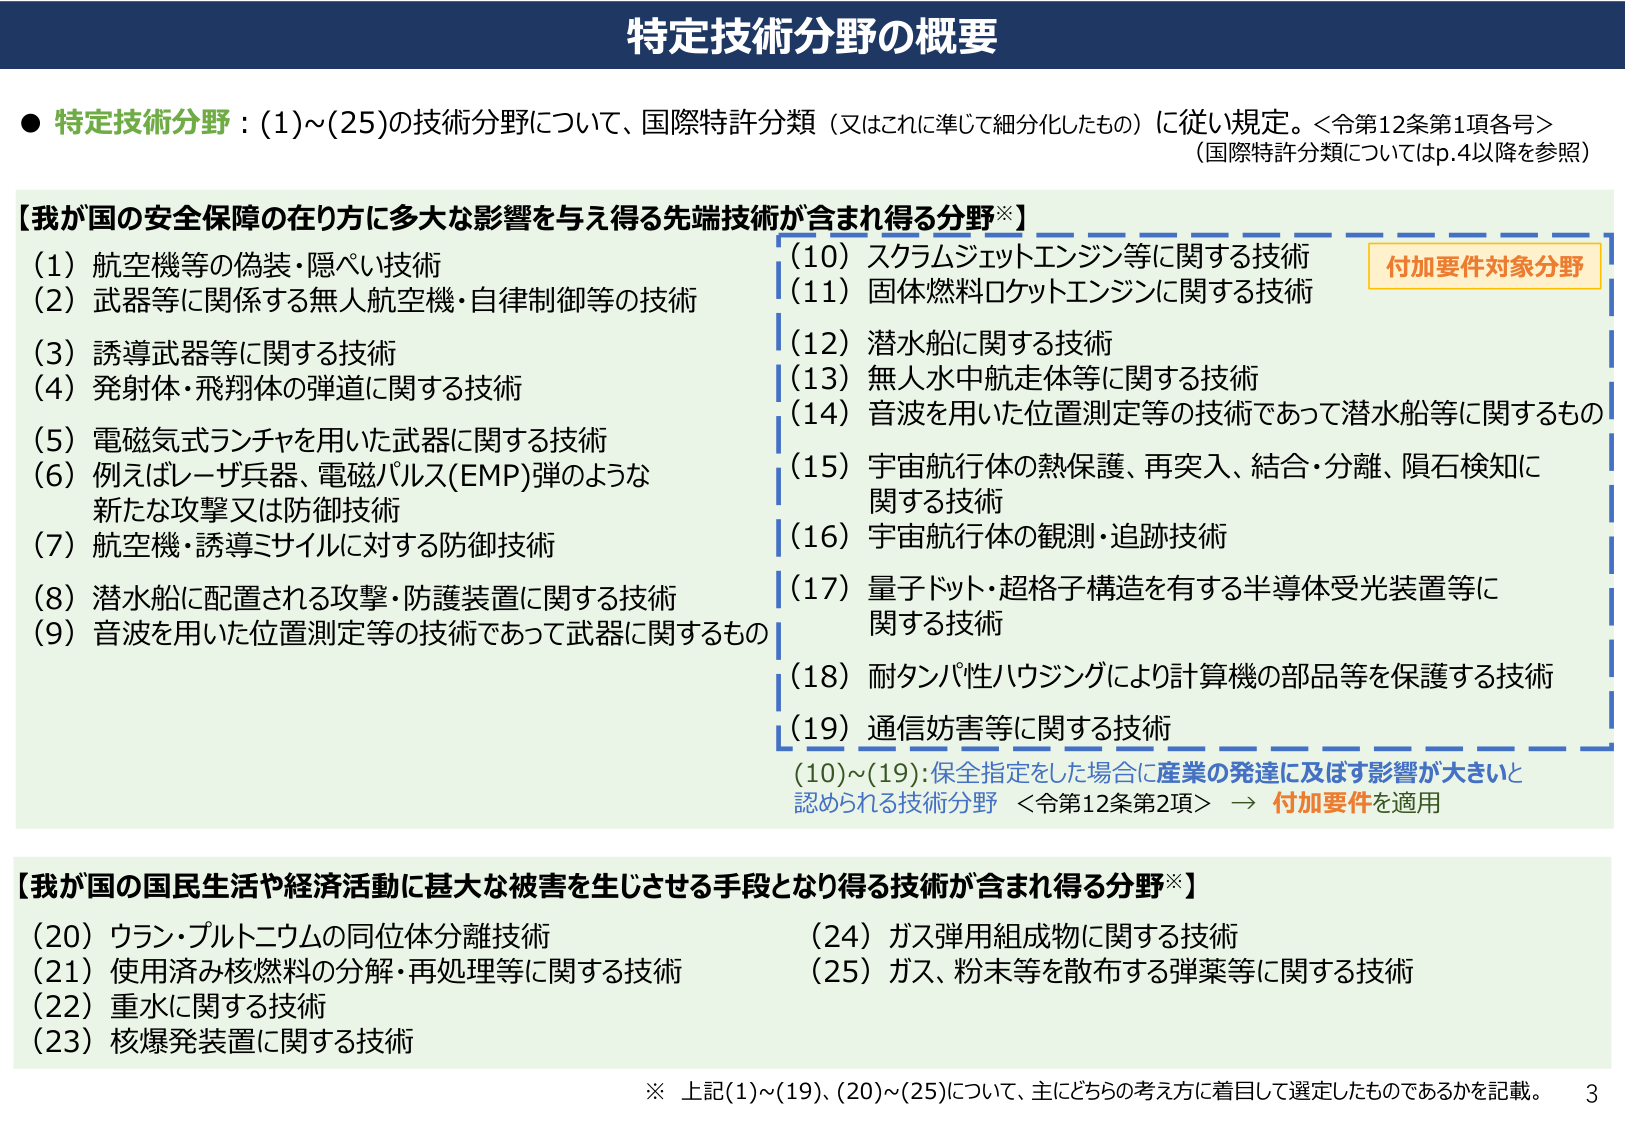
特定技術分野の概要

● 特定技術分野：(1)～(25)の技術分野について、国際特許分類（又はこれに準じて細分化したもの）に従い規定。＜令第12条第1項各号＞
（国際特許分類についてはp.4以降を参照）

【我が国の安全保障の在り方に多大な影響を与え得る先端技術が含まれ得る分野※】
(1) 航空機等の偽装・隠ぺい技術
(2) 武器等に関係する無人航空機・自律制御等の技術
(3) 誘導武器等に関する技術
(4) 発射体・飛翔体の弾道に関する技術
(5) 電磁気式ランチャを用いた武器に関する技術
(6) 例えばレーザ兵器、電磁パルス(EMP)弾のような
　新たな攻撃又は防御技術
(7) 航空機・誘導ミサイルに対する防御技術
(8) 潜水船に配置される攻撃・防護装置に関する技術
(9) 音波を用いた位置測定等の技術であって武器に関するもの
(10) スクラムジェットエンジン等に関する技術
(11) 固体燃料ロケットエンジンに関する技術
(12) 潜水船に関する技術
(13) 無人水中航走体等に関する技術
(14) 音波を用いた位置測定等の技術であって潜水船等に関するもの
(15) 宇宙航行体の熱保護、再突入、結合・分離、隕石検知に関する技術
(16) 宇宙航行体の観測・追跡技術
(17) 量子ドット・超格子構造を有する半導体受光装置等に関する技術
(18) 耐タンパ性ハウジングにより計算機の部品等を保護する技術
(19) 通信妨害等に関する技術
(10)～(19)：保全指定をした場合に産業の発達に及ぼす影響が大きいと認められる技術分野 ＜令第12条第2項＞ → 付加要件を適用

【我が国の国民生活や経済活動に甚大な被害を生じさせる手段となり得る技術が含まれ得る分野※】
(20) ウラン・プルトニウムの同位体分離技術
(21) 使用済み核燃料の分解・再処理等に関する技術
(22) 重水に関する技術
(23) 核爆発装置に関する技術
(24) ガス弾用組成物に関する技術
(25) ガス、粉末等を散布する弾薬等に関する技術

※ 上記(1)～(19)、(20)～(25)について、主にどちらの考え方に着目して選定したものであるかを記載。
3

付加要件対象分野